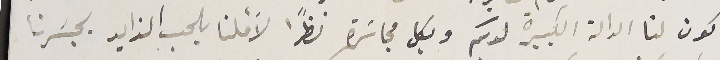
كون لنا الدالة الكبيرة لديكم وبكل مجاسَرة نظرًا لأملنا بالحب الزايد بجسَرنا